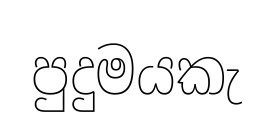
පුදුමයකැ